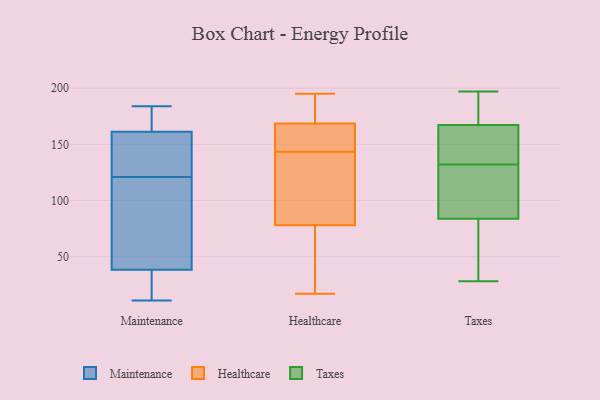
{"axis": {"x": "Tickets Resolved", "y": "Value"}, "legend": ["Healthcare", "Maintenance", "Taxes"], "data": [{"x": "", "y": 166, "type": "Maintenance"}, {"x": "", "y": 25, "type": "Maintenance"}, {"x": "", "y": 11, "type": "Maintenance"}, {"x": "", "y": 162, "type": "Maintenance"}, {"x": "", "y": 173, "type": "Maintenance"}, {"x": "", "y": 159, "type": "Maintenance"}, {"x": "", "y": 127, "type": "Maintenance"}, {"x": "", "y": 28, "type": "Maintenance"}, {"x": "", "y": 109, "type": "Maintenance"}, {"x": "", "y": 106, "type": "Maintenance"}, {"x": "", "y": 37, "type": "Maintenance"}, {"x": "", "y": 27, "type": "Maintenance"}, {"x": "", "y": 151, "type": "Maintenance"}, {"x": "", "y": 42, "type": "Maintenance"}, {"x": "", "y": 96, "type": "Maintenance"}, {"x": "", "y": 141, "type": "Maintenance"}, {"x": "", "y": 179, "type": "Maintenance"}, {"x": "", "y": 121, "type": "Maintenance"}, {"x": "", "y": 184, "type": "Maintenance"}, {"x": "", "y": 17, "type": "Healthcare"}, {"x": "", "y": 95, "type": "Healthcare"}, {"x": "", "y": 61, "type": "Healthcare"}, {"x": "", "y": 168, "type": "Healthcare"}, {"x": "", "y": 128, "type": "Healthcare"}, {"x": "", "y": 167, "type": "Healthcare"}, {"x": "", "y": 141, "type": "Healthcare"}, {"x": "", "y": 195, "type": "Healthcare"}, {"x": "", "y": 43, "type": "Healthcare"}, {"x": "", "y": 182, "type": "Healthcare"}, {"x": "", "y": 146, "type": "Healthcare"}, {"x": "", "y": 149, "type": "Healthcare"}, {"x": "", "y": 21, "type": "Healthcare"}, {"x": "", "y": 120, "type": "Healthcare"}, {"x": "", "y": 190, "type": "Healthcare"}, {"x": "", "y": 169, "type": "Healthcare"}, {"x": "", "y": 28, "type": "Taxes"}, {"x": "", "y": 104, "type": "Taxes"}, {"x": "", "y": 48, "type": "Taxes"}, {"x": "", "y": 197, "type": "Taxes"}, {"x": "", "y": 165, "type": "Taxes"}, {"x": "", "y": 74, "type": "Taxes"}, {"x": "", "y": 77, "type": "Taxes"}, {"x": "", "y": 185, "type": "Taxes"}, {"x": "", "y": 132, "type": "Taxes"}, {"x": "", "y": 132, "type": "Taxes"}, {"x": "", "y": 114, "type": "Taxes"}, {"x": "", "y": 168, "type": "Taxes"}, {"x": "", "y": 161, "type": "Taxes"}, {"x": "", "y": 184, "type": "Taxes"}, {"x": "", "y": 162, "type": "Taxes"}]}